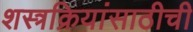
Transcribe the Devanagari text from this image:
शस्त्रक्रियांसाठीची